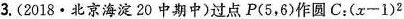
3.(2018·北京海淀20中期中)过点P(5，6)作圆C；$$( x - 1 ) ^ { 2 }